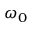
\omega _ { 0 }